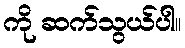
ကို ဆက်သွယ်ပါ။